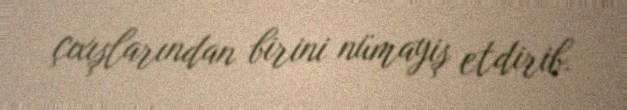
çıxışlarından birini nümayiş etdirib.